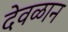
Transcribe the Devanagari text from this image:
देवळान